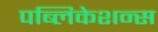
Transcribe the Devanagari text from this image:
पब्लिकेशन्‍स